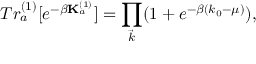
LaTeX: T r _ { a } ^ { ( 1 ) } [ e ^ { - \beta { \bf K } _ { a } ^ { ( 1 ) } } ] = \prod _ { \vec { k } } ( 1 + e ^ { - \beta ( k _ { 0 } - \mu ) } ) ,